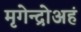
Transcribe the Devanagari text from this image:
मृगेन्द्रोअहं